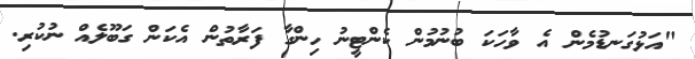
"އަޅުގަނޑުމެން އެ ވާހަކަ ބުނުމުން ކެންޓީނު ހިންގާ ފަރާތުން އެކަން ގަބޫލެއް ނުކުރި.